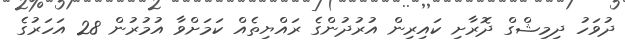
ދުވަހު ދިމިޝްގް ދޮރާށި ކައިރިން އުރުދުންގެ ރައްޔިތެއް ކަމަށްވާ އުމުރުން 28 އަހަރުގެ